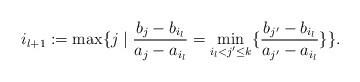
LaTeX: \begin{align*} i_{l+1} := \max \{ j \mid \frac{b_j-b_{i_l}}{a_j-a_{i_l}} = \min_{i_l < j' \leq k} \{ \frac{b_{j'}-b_{i_l}}{a_{j'}-a_{i_l}} \} \} .\end{align*}